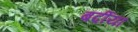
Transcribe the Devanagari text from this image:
बर्दीया